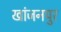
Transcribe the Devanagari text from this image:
खांजनपुर